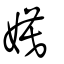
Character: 嫫